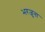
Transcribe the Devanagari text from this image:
भरजुना